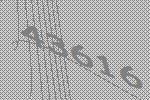
43616